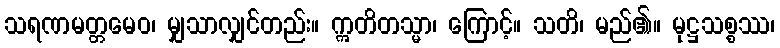
သရဏမတ္တမေဝ၊ မျှသာလျှင်တည်း။ ဣတိတသ္မာ၊ ကြောင့်။ သတိ၊ မည်၏။ မုဋ္ဌသစ္စဿ၊